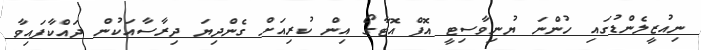
ނިއުޒީލެންޑުގައި ހުންނަ ޔުނިވާސިޓީ އޮފް އޮޓާގޯ އިން ކުރިއަށް ގެންދިޔަ ދިރާސާއަކުން ދައްކާފައިވާ